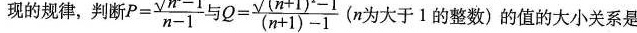
现的规律，判断 $$P= \frac{\sqrt{n^{2}-1}}{n-1}$$ 与 $$Q= \frac{\sqrt{(n+1)^{2}-1}}{(n+1)-1}$$ (n为大于1的整数)的值的大小关系是()